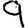
Digit: 9